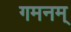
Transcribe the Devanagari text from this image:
गमनम्